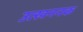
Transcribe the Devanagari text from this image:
उत्खननक